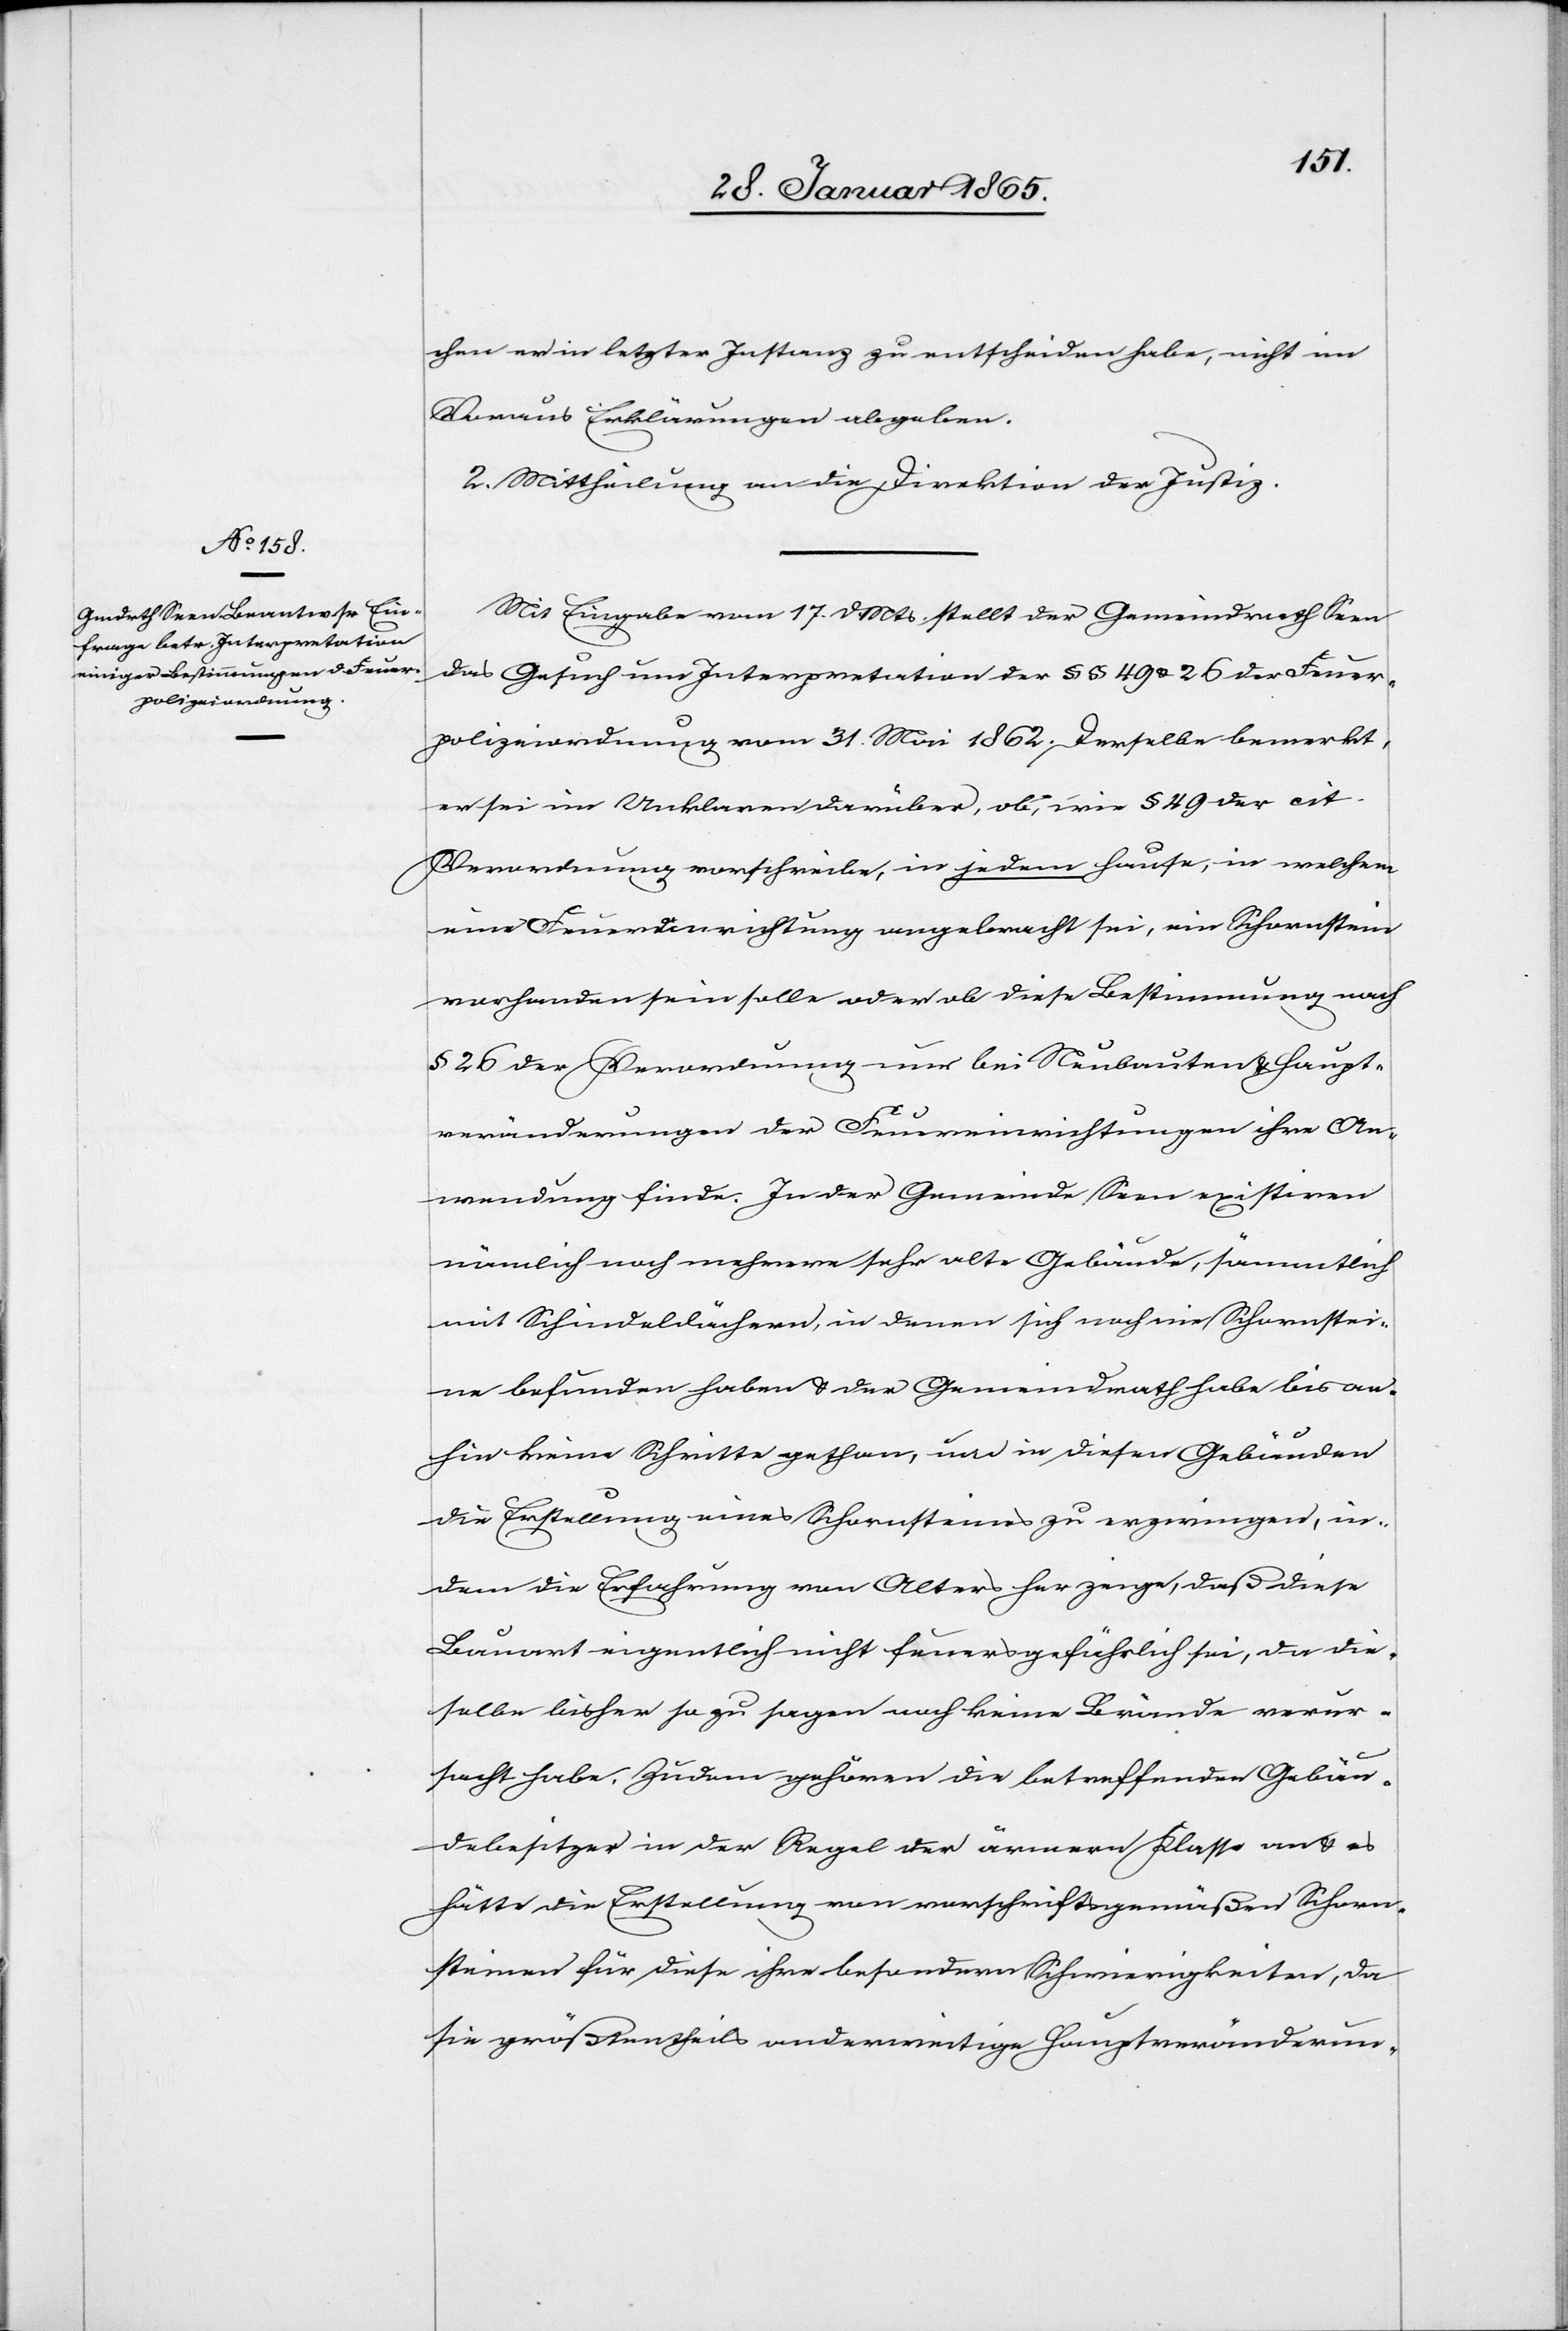
chen er in letzter Instanz zu entscheiden habe, nicht im
Voraus Erklärungen abgeben.
2. Mittheilung an die Direktion der Justiz.
Mit Eingabe vom 17. d. Mts. stellt der Gemeindrath Seen
das Gesuch um Interpretation der § § 49 u. 26 der Feuer¬
polizeiordnung vom 31. Mai 1862. Derselbe bemerkt,
er sei im Unklaren darüber, ob, wie § 49 der cit.
Verordnung vorschreibe, in jedem Hause, in welchem
eine Feuereinrichtung angebracht sei, ein Schornstein
vorhanden sein solle oder ob diese Bestimmung nach
§ 26 der Verordnung nur bei Neubauten u. Haupt¬
veränderungen der Feuereinrichtungen ihre An¬
wendung finde. In der Gemeinde Seen existiren
nämlich noch mehrere sehr alte Gebäude, sämmtlich
mit Schindeldächern, in denen sich noch nie Schornstei¬
ne befunden haben u. der Gemeindrath habe bis an¬
hin keine Schritte gethan, um in diesen Gebäuden
die Erstellung eines Schornsteines zu erzwingen, in¬
dem die Erfahrung von Alters her zeige, daß diese
Bauart eigentlich nicht feuersgefährlich sei, da die¬
selbe bisher so zu sagen noch keine Brände verur¬
sacht habe. Zudem gehören die betreffenden Gebäu¬
debesitzer in der Regel der ärmern Klasse an u. es
hätte die Erstellung von vorschriftsgemäßen Schorn¬
steinen für diese ihre besondern Schwierigkeiten, da
sie größtentheils anderweitige Hauptveränderun-